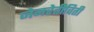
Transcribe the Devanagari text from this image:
जेनरेतीविती